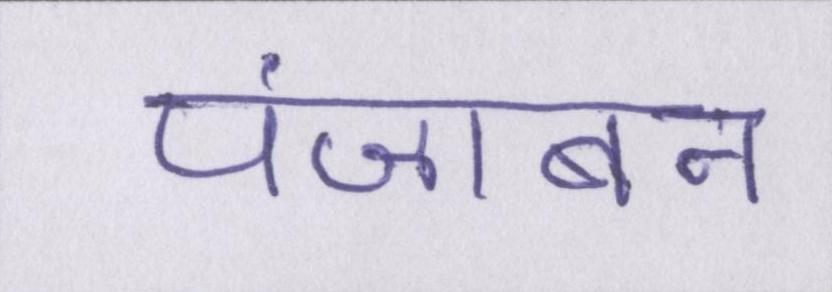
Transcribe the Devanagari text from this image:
पंजाबन